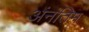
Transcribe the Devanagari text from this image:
अंनंतिम